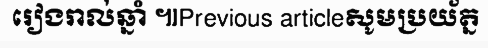
រៀងរាល់ឆ្នាំ ៕Previous articleសូមប្រយ័ត្ន